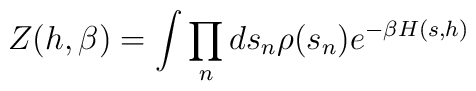
Z(h,\beta )=\int \prod_{n} ds_{n}\rho (s_{n})e^{-\beta H(s,h)}